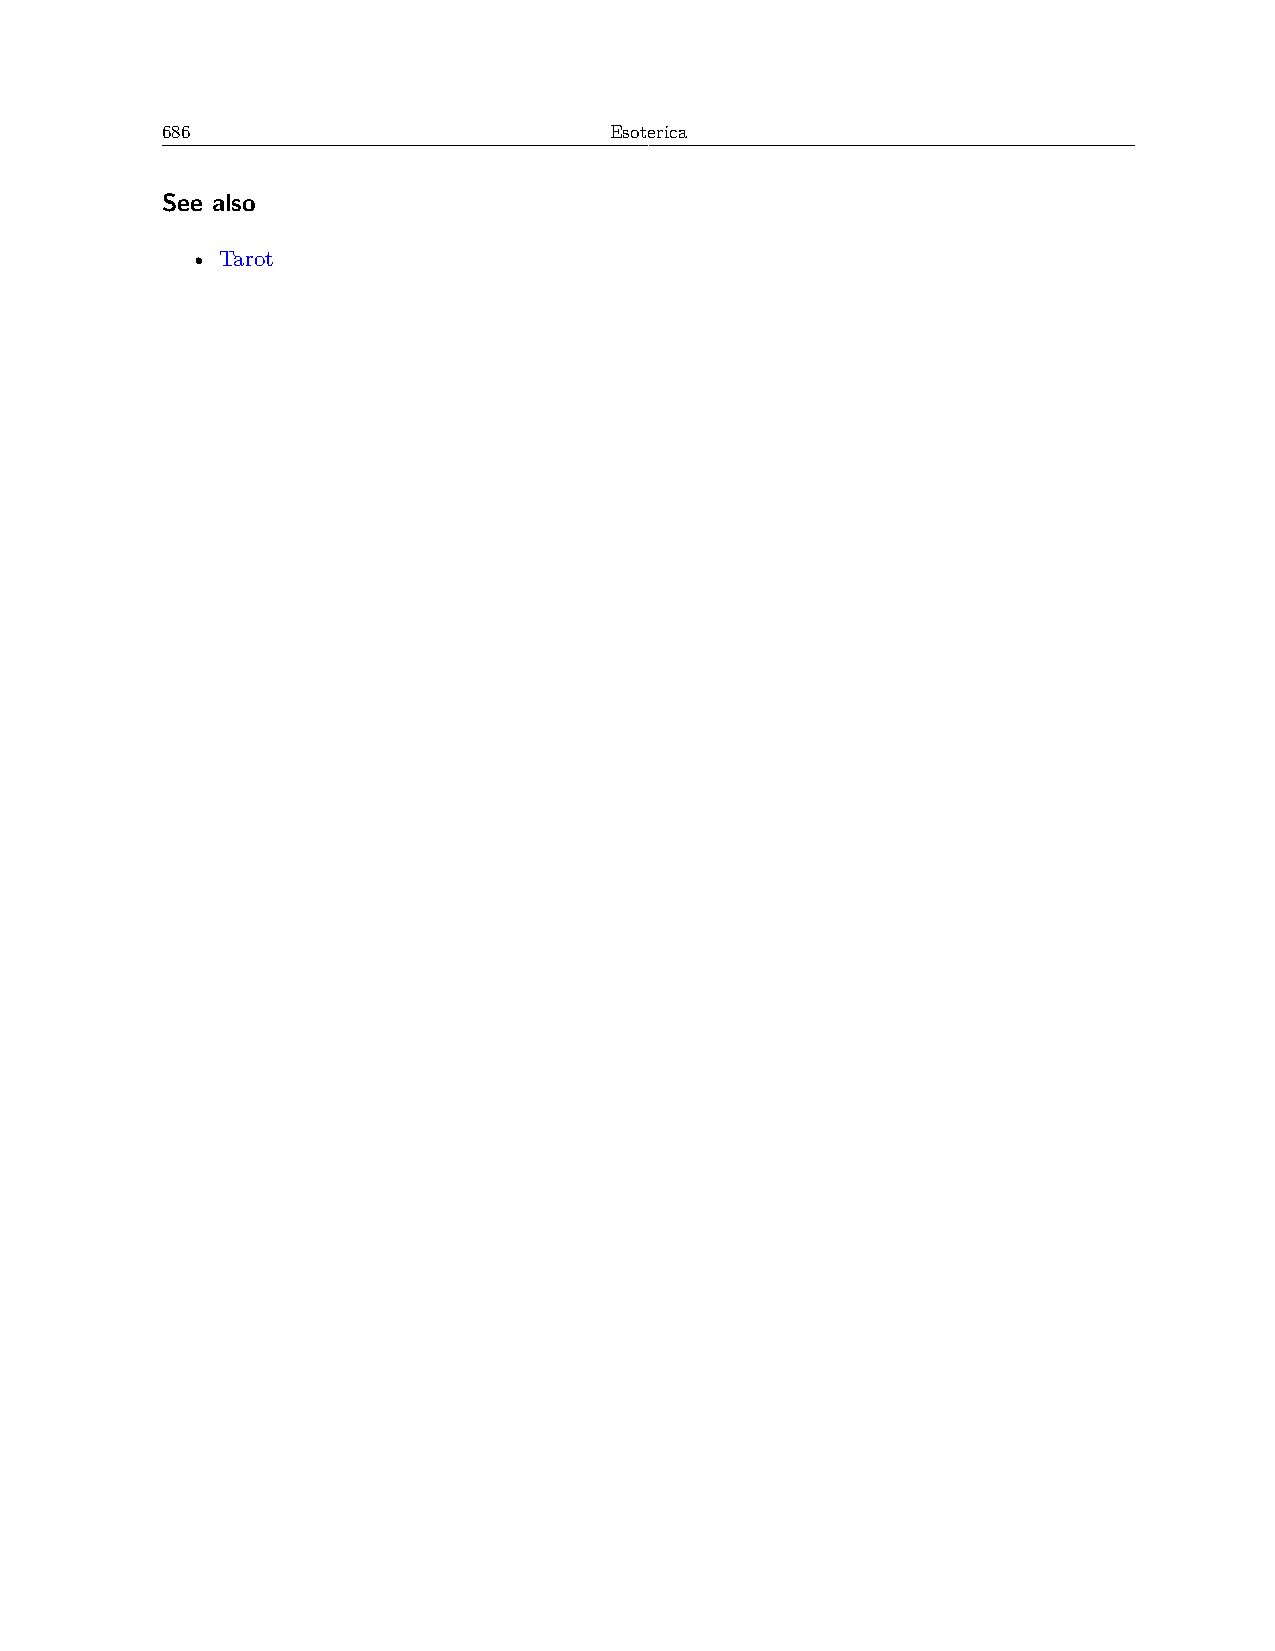
686                          Esoterica
 See also
 • Tarot